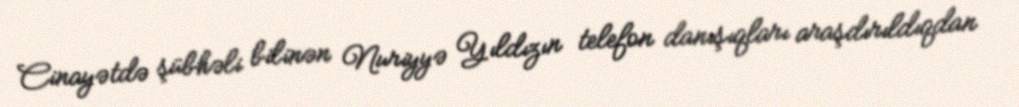
Cinayətdə şübhəli bilinən Nuriyyə Yıldızın telefon danışıqları araşdırıldıqdan